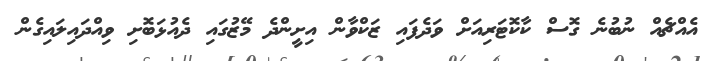
އެއްޗެއް ނުބުނެ ގޮސް ކާކޮޓަރިއަށް ވަދެފައި ޒަކްވާން އިށީންދެ މޭޒުގައި ދެއުޅަބޮށި ވިއްދައިލައިގެން